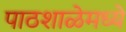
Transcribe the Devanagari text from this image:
पाठशाळेमध्ये